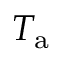
T _ { \mathrm { a } }